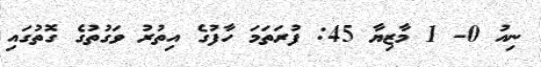
ނިއު 0- 1 މާޒިޔާ 45: ފުރަތަމަ ހާފުގެ އިތުރު ވަގުތުގެ ގޮތުގައި